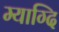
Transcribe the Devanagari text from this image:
म्याग्दि